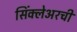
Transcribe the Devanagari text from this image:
सिंक्लेअरची